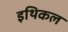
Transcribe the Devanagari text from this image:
इथिकल